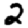
Digit: 2